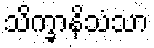
သိက္ခာနိသံသာ